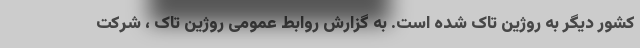
کشور دیگر به روژین تاک شده است. به گزارش روابط عمومی روژین تاک ، شرکت